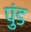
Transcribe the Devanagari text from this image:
पुंड